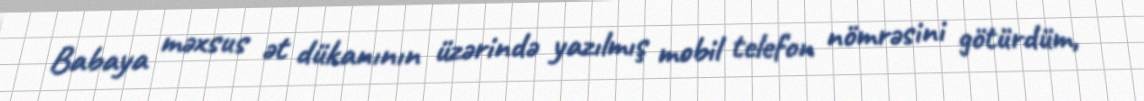
Babaya məxsus ət dükanının üzərində yazılmış mobil telefon nömrəsini götürdüm,